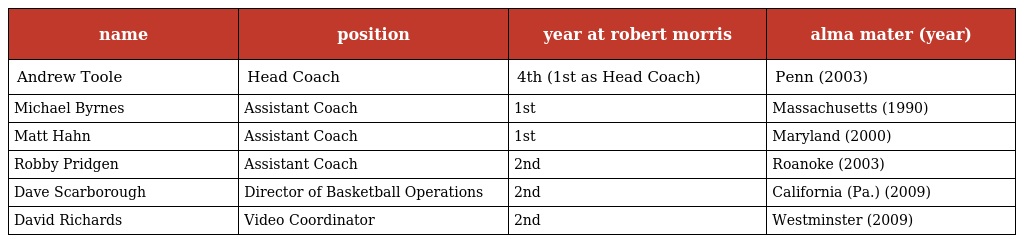
| name | position | year at robert morris | alma mater (year) |
 | --- | --- | --- | --- |
 | Andrew Toole | Head Coach | 4th (1st as Head Coach) | Penn (2003) |
 | Michael Byrnes | Assistant Coach | 1st | Massachusetts (1990) |
 | Matt Hahn | Assistant Coach | 1st | Maryland (2000) |
 | Robby Pridgen | Assistant Coach | 2nd | Roanoke (2003) |
 | Dave Scarborough | Director of Basketball Operations | 2nd | California (Pa.) (2009) |
 | David Richards | Video Coordinator | 2nd | Westminster (2009) |